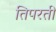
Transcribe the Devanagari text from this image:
तिपरती